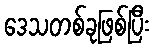
ဒေသတစ်ခုဖြစ်ပြီး